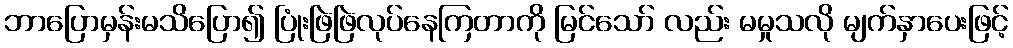
ဘာပြောမှန်းမသိပြော၍ ပြုံးဖြဲဖြဲလုပ်နေကြတာကို မြင်သော် လည်း မမှုသလို မျက်နှာပေးဖြင့်